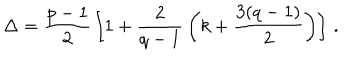
\Delta = { \frac { p - 1 } { 2 } } \left[ 1 + { \frac { 2 } { q - 1 } } \left( k + { \frac { 3 ( q - 1 ) } { 2 } } \right) \right] \, .